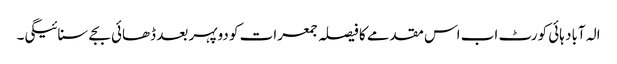
الہ آباد ہائی کورٹ اب اس مقدمے کا فیصلہ جمعرات کو دوپہر بعد ڈھائی بجے سنائیگی۔